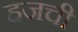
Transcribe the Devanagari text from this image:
हजची